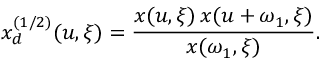
x _ { d } ^ { ( 1 / 2 ) } ( u , \xi ) = { \frac { x ( u , \xi ) \, x ( u + \omega _ { 1 } , \xi ) } { x ( \omega _ { 1 } , \xi ) } } .